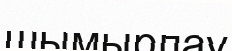
шымырлау